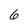
Character: 6